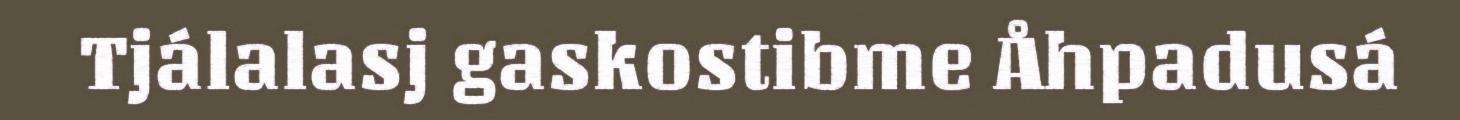
Tjálalasj gaskostibme Åhpadusá